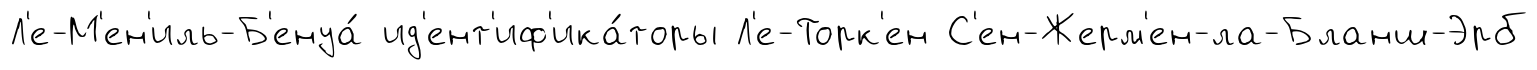
Л'е-М'ен'иль-Б'енуа́ ид'ент'иф'ика́торы Л'е-Торк'ен С'ен-Жерм'ен-ла-Бланш-Эрб